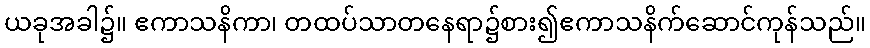
ယခုအခါ၌။ ဧကာသနိကာ၊ တထပ်သာတနေရာ၌စား၍ဧကာသနိက်ဆောင်ကုန်သည်။